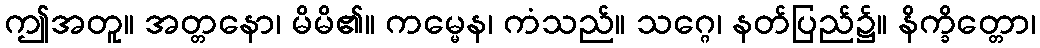
ဤအတူ။ အတ္တနော၊ မိမိ၏။ ကမ္မေန၊ ကံသည်။ သဂ္ဂေ၊ နတ်ပြည်၌။ နိက္ခိတ္တော၊